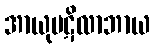
အာယုပဋိလာဘာယ